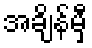
အချိန်မှီ